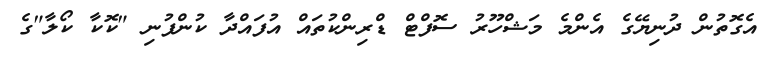
އެގޮތުން ދުނިޔޭގެ އެންމެ މަޝްހޫރު ސޮފްޓް ޑްރިންކުތައް އުފައްދާ ކުންފުނި "ކޮކާ ކޯލާ"ގެ